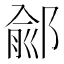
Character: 鄃